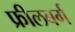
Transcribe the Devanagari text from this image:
फ्रीलबर्ग